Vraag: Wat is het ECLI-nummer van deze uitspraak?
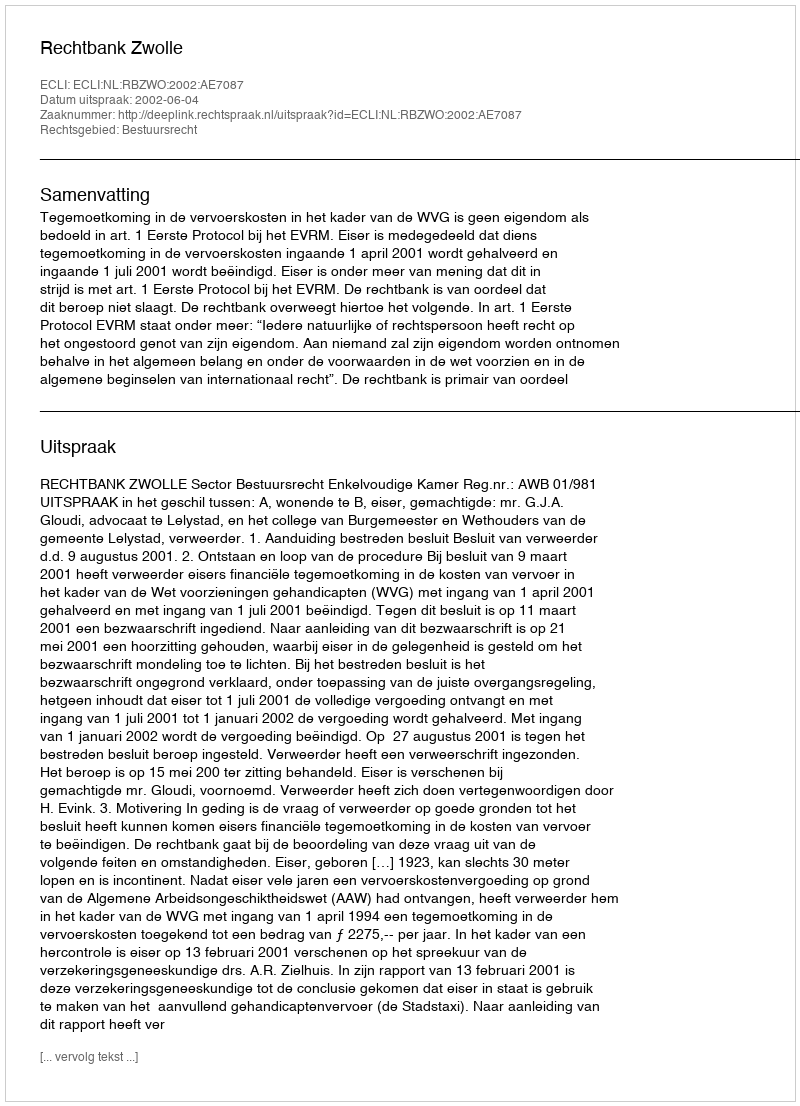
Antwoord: ECLI:NL:RBZWO:2002:AE7087